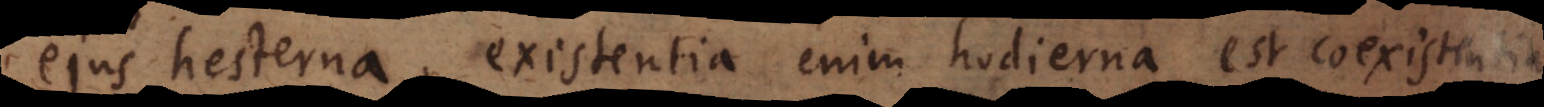
ejus hesterna, existentia enim hodierna est coexistentia